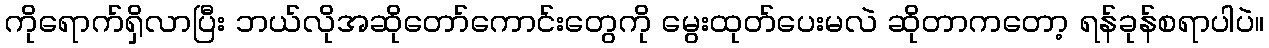
ကိုရောက်ရှိလာပြီး ဘယ်လိုအဆိုတော်ကောင်းတွေကို မွေးထုတ်ပေးမလဲ ဆိုတာကတော့ ရန်ခုန်စရာပါပဲ။